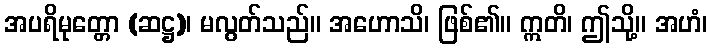
အပရိမုတ္တော (ဆဋ္ဌ)၊ မလွတ်သည်။ အဟောသိ၊ ဖြစ်၏။ ဣတိ၊ ဤသို့။ အဟံ၊